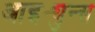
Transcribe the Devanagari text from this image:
आइट्युन्स